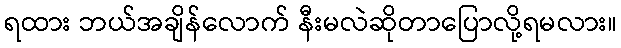
ရထား ဘယ်အချိန်လောက် နီးမလဲဆိုတာပြောလို့ရမလား။